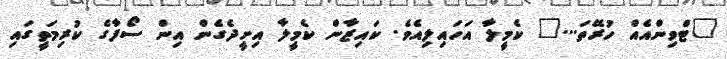
"ޓްވިންއެއް ހުރޭތަ..." ކެމީލާ އަހައިލިއެވެ. ކައިޒާން ކެމީލާ އިށީދެގެން އިން ސޯފާގެ ކުރިމަތީގައި